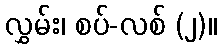
လွှမ်း၊ စပ်-လစ် (၂)။